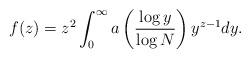
LaTeX: \begin{align*} f(z)=z^2\int_0^\infty a\left(\frac{\log y}{\log N}\right)y^{z-1}dy.\end{align*}